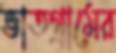
ভাতগ্রামের